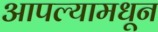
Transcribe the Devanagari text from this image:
आपल्यामधून